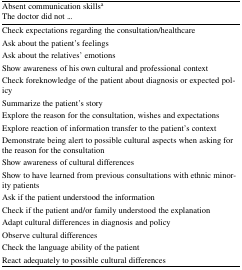
<table><thead><tr><td><b>Absent communication skills<sup>a</sup>The doctor did not ...</b></td></tr></thead><tbody><tr><td>Check expectations regarding the consultation/healthcare</td></tr><tr><td>Ask about the patient’s feelings</td></tr><tr><td>Ask about the relatives’ emotions</td></tr><tr><td>Show awareness of his own cultural and professional context</td></tr><tr><td>Check foreknowledge of the patient about diagnosis or expected policy</td></tr><tr><td>Summarize the patient’s story</td></tr><tr><td>Explore the reason for the consultation, wishes and expectations</td></tr><tr><td>Explore reaction of information transfer to the patient’s context</td></tr><tr><td>Demonstrate being alert to possible cultural aspects when asking for the reason for the consultation</td></tr><tr><td>Show awareness of cultural differences</td></tr><tr><td>Show to have learned from previous consultations with ethnic minority patients</td></tr><tr><td>Ask if the patient understood the information</td></tr><tr><td>Check if the patient and/or family understood the explanation</td></tr><tr><td>Adapt cultural differences in diagnosis and policy</td></tr><tr><td>Observe cultural differences</td></tr><tr><td>Check the language ability of the patient</td></tr><tr><td>React adequately to possible cultural differences</td></tr></tbody></table>